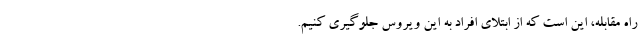
راه مقابله، این است که از ابتلای افراد به این ویروس جلوگیری کنیم.